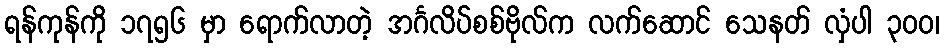
ရန်ကုန်ကို ၁၇၅၆ မှာ ရောက်လာတဲ့ အင်္ဂလိပ်စစ်ဗိုလ်က လက်ဆောင် သေနတ် လှံပါ ၃၀၀၊